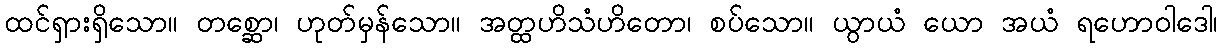
ထင်ရှားရှိသော။ တစ္ဆော၊ ဟုတ်မှန်သော။ အတ္ထဟိသံဟိတော၊ စပ်သော။ ယွာယံ ယော အယံ ရဟောဝါဒေါ၊